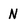
Character: N